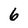
Character: 6